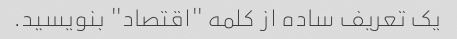
یک تعریف ساده از کلمه "اقتصاد" بنویسید.